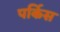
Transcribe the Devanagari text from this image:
पर्किस